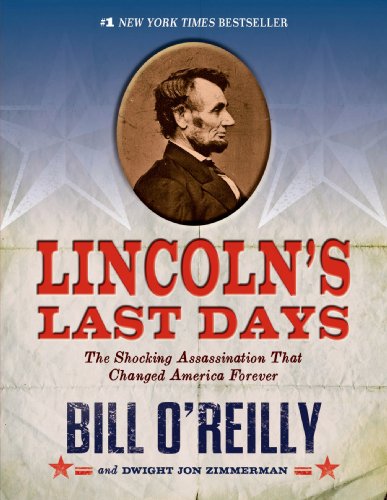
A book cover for Lincoln's Last Days: The Shocking Assassination that Changed America Forever; Bill O'Reilly; Children's Books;